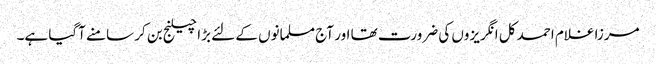
مرزا غلام احمد کل انگریزوں کی ضرورت تھا اور آج مسلمانوں کے لئے بڑا چیلنج بن کر سامنے آگیا ہے۔